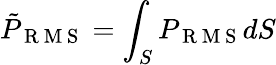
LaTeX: \tilde{P}_{\mathrm{~R~M~S~}}=\int_{S}P_{\mathrm{~R~M~S~}}dS